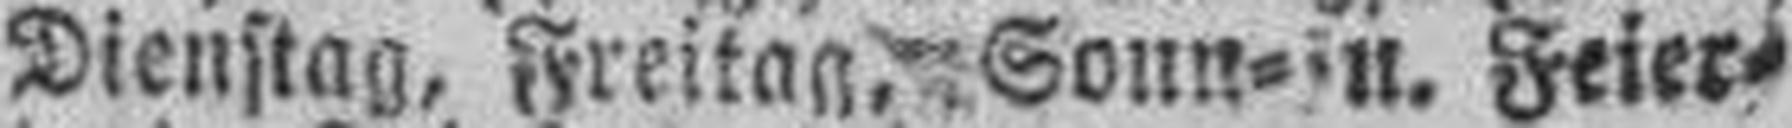
Dienstag, Freitag, Sonn= u. Feier¬